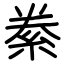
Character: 絭